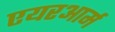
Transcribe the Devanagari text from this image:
एयरआर्म